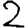
Digit: 2